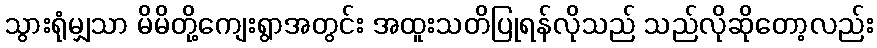
သွားရုံမျှသာ မိမိတို့ကျေးရွာအတွင်း အထူးသတိပြုရန်လိုသည် သည်လိုဆိုတော့လည်း